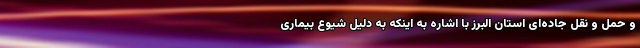
و حمل و نقل جاده‌ای استان البرز با اشاره به اینکه به دلیل شیوع بیماری